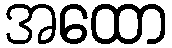
အထော